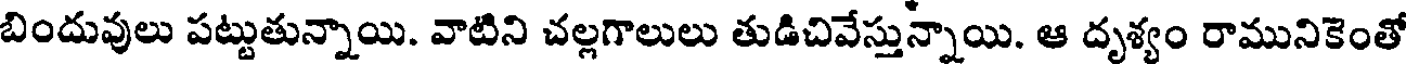
బిందువులు పట్టుతున్నాయి. వాటిని చల్లగాలులు తుడిచివేస్తున్నాయి. ఆ దృశ్యం రామునికెంతో